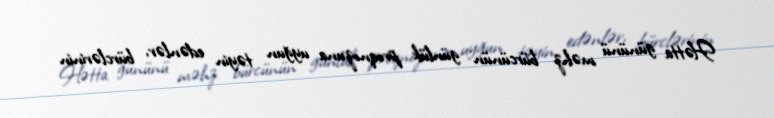
Hətta gününü məhz bürcünün günlük proqnozuna uyğun təyin edənlər, bürclərinin